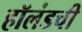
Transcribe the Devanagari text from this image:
हॉलंडची